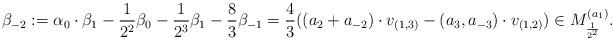
LaTeX: \begin{align*}\beta_{-2} &:= \alpha_0 \cdot \beta_1 - \frac{1}{2^2}\beta_0 - \frac{1}{2^3}\beta_1 - \frac{8}{3}\beta_{-1} = \frac{4}{3}((a_2 + a_{-2}) \cdot v_{(1,3)} - (a_3, a_{-3}) \cdot v_{(1,2)}) \in M_{\frac{1}{2^2}}^{(a_1)}.\end{align*}